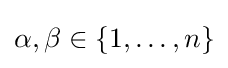
\alpha ,\beta \in \{1,\dots ,n\}